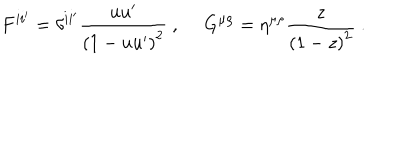
LaTeX: F ^ { i i ^ { \prime } } = \delta ^ { i i ^ { \prime } } \frac { u u ^ { \prime } } { \left( 1 - u u ^ { \prime } \right) ^ { 2 } } ~ , ~ ~ G ^ { \mu \rho } = \eta ^ { \mu \rho } \frac { z } { \left( 1 - z \right) ^ { 2 } } ~ .